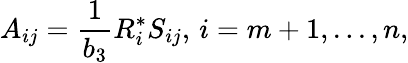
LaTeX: A_{ij}={\frac{1}{b_{3}}}R_{i}^{*}S_{ij},\, i=m+1,...,n,